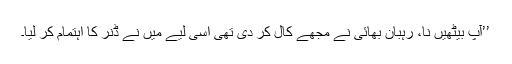
’’آپ بیٹھیں نا، رہبان بھائی نے مجھے کال کر دی تھی اسی لیے میں نے ڈنر کا اہتمام کر لیا۔